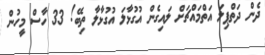
ދެން ދަތްޕިލަ އަތްމައްޗަށް ލައިގެން އުގުޅާލަ އުގުޅާލާ ތިބޭ! 33 ހާސް މީހުން